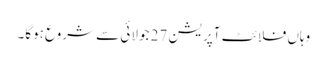
وہاں فلائٹ آپریشن 27 جولائی سے شروع ہوگا۔